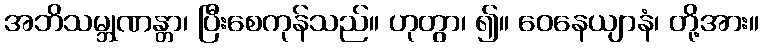
အဘိသမ္ဘုဏန္တာ၊ ပြီးစေကုန်သည်။ ဟုတွာ၊ ၍။ ဝေနေယျာနံ၊ တို့အား။